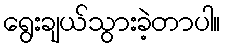
ရွေးချယ်သွားခဲ့တာပါ။